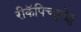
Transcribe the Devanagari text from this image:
रीकॅपिच्युलेट्स